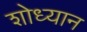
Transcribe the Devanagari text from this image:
शोध्यान